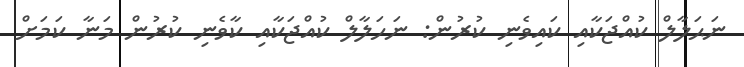
ނަޙަލާލް ކުއްޖަކާއި ކައިވެނި ކުރުން: ނަހަލާލް ކުއްޖަކާއި ކާވެނި ކުރުން މަނާ ކަމަށް